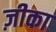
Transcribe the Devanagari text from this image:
ज़ीका